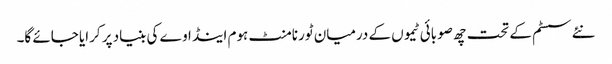
نئے سسٹم کے تحت چھ صوبائی ٹیموں کے درمیان ٹورنامنٹ ہوم اینڈ اوے کی بنیاد پر کرایا جائے گا۔